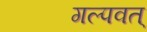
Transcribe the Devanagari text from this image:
गल्पवत्